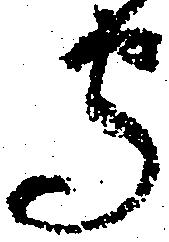
守